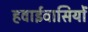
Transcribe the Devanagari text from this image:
हवाईवासियों